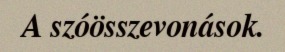
A szóösszevonások.